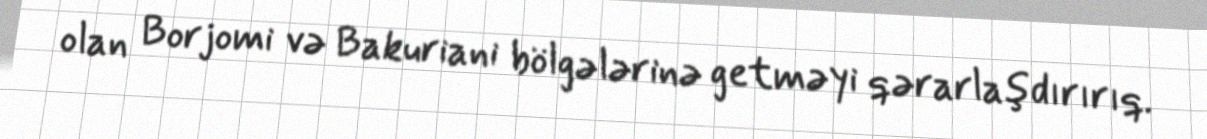
olan Borjomi və Bakuriani bölgələrinə getməyi qərarlaşdırırıq.